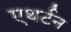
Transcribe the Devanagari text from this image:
एथर्टन